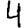
Digit: 4